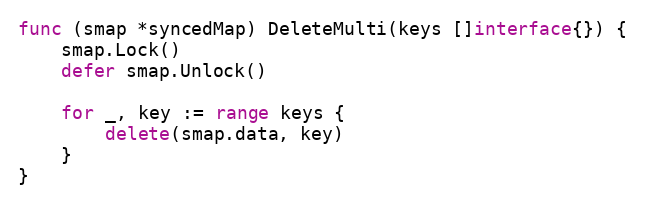
Language: Go
func (smap *syncedMap) DeleteMulti(keys []interface{}) {
	smap.Lock()
	defer smap.Unlock()

	for _, key := range keys {
		delete(smap.data, key)
	}
}